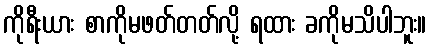
ကိုရီးယား စာကိုမဖတ်တတ်လို့ ရထား ခကိုမသိပါဘူး။